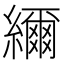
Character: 䌤